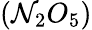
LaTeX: (\mathcal{N}_{2}O_{5})